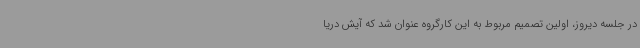
در جلسه دیروز، اولین تصمیم مربوط به این کارگروه عنوان شد که آیش دریا